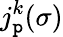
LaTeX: j_{\mathtt{p}}^{k}(\sigma)